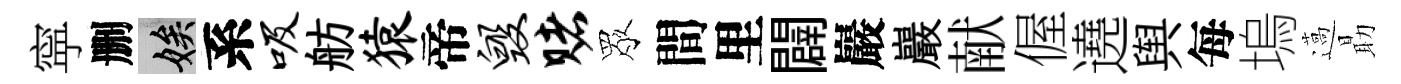
寜删娭系吸舫猿帝毁赌眾間里闢巖巖献偓遶舆每塢薖朂